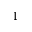
\bar { 1 }